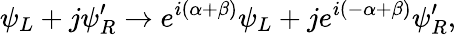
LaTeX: \psi_{L}+j\psi_{R}^{\prime}\to e^{i(\alpha+\beta)}\psi_{L}+je^{i(-\alpha+\beta)}\psi_{R}^{\prime},